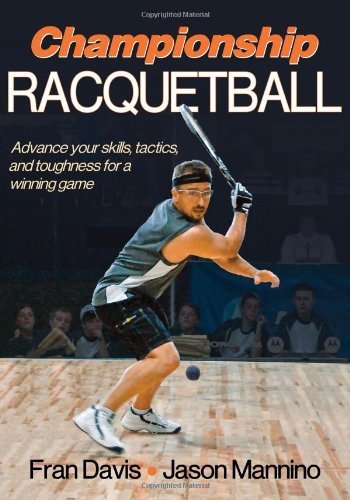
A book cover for Championship Racquetball by Davis, Fran, Mannino, Jason (2011) Paperback; Sports & Outdoors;